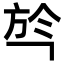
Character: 㫇